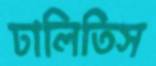
ঢালিতিস